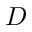
D